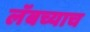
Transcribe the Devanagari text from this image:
लॅबच्याच